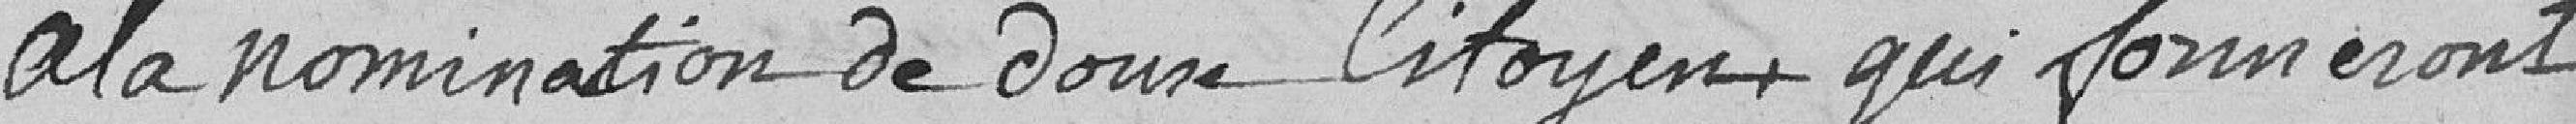
à la nomination de douze Citoyens qui formeront